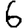
Digit: 6